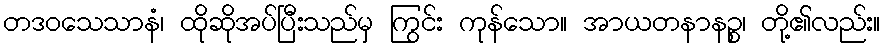
တဒဝသေသာနံ၊ ထိုဆိုအပ်ပြီးသည်မှ ကြွင်း ကုန်သော။ အာယတနာနဉ္စ၊ တို့၏လည်း။